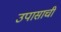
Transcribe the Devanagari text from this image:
उपासाची